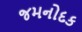
જમનોદક